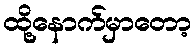
ထို့နောက်မှာတော့